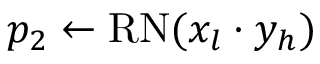
p _ { 2 } \gets \mathrm { R N } ( x _ { l } \cdot y _ { h } )